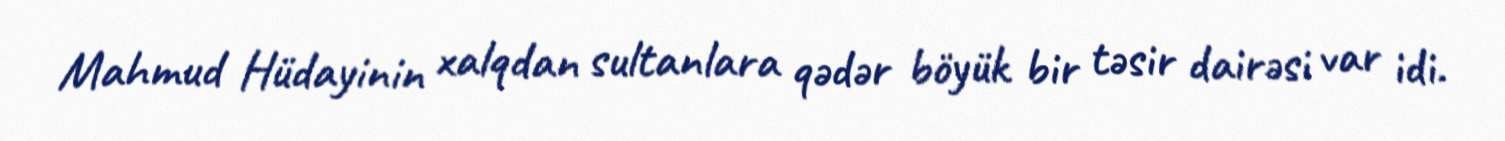
Mahmud Hüdayinin xalqdan sultanlara qədər böyük bir təsir dairəsi var idi.